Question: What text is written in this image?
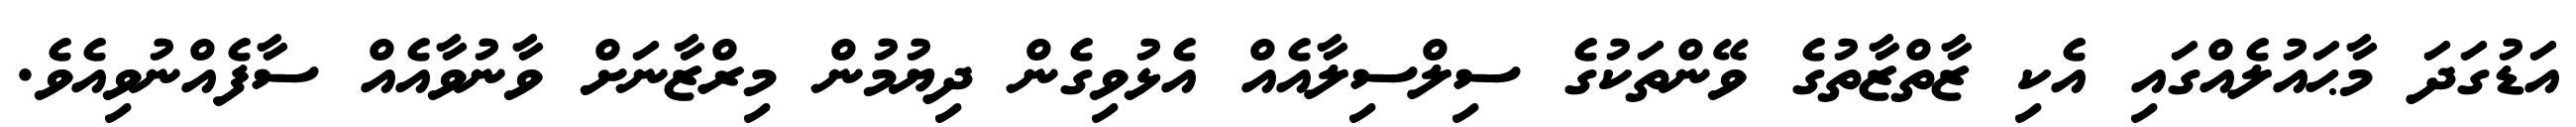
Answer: އަޑުގަދަ މާޙައުލެއްގައި އެކި ޒާތްޒާތުގެ ވޭންތަކުގެ ސިލްސިލާއެއް އެޅުވިގެން ދިޔުމުން މިރްޒާނަށް ވާނުވާއެއް ސާފެއްނުވިއެވެ.